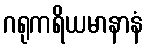
ဂရုကရိယမာနာနံ